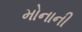
મોનાની